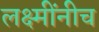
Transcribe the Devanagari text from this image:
लक्ष्मींनीच